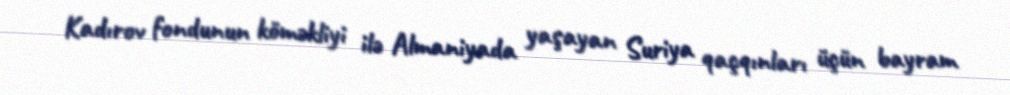
Kadırov fondunun köməkliyi ilə Almaniyada yaşayan Suriya qaçqınları üçün bayram